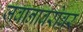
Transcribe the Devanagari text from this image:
जवानाबरोबर